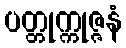
ပတ္တုက္ကုဇ္ဇနံ